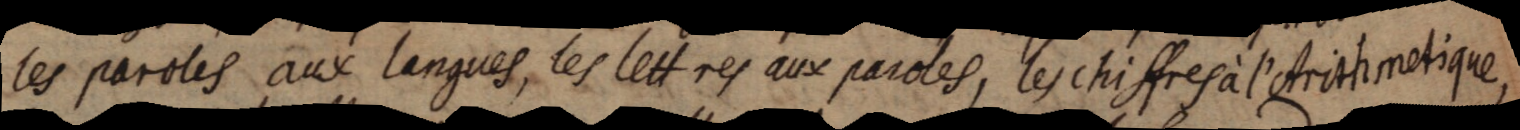
les paroles aux langues, les lettres aux paroles, les chiffres à l’Arithmetique,